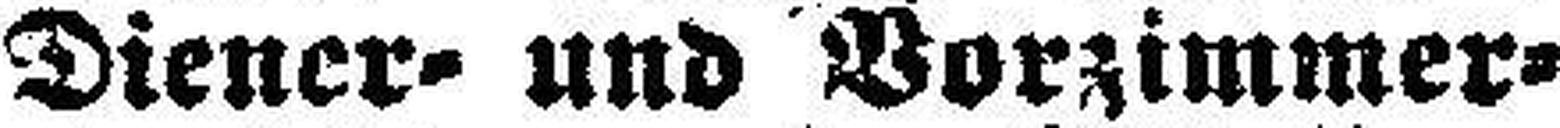
Diener= und Vorzimmer¬